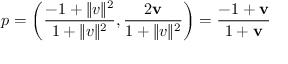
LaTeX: p = \left( { \frac { - 1 + \| v \| ^ { 2 } } { 1 + \| v \| ^ { 2 } } } , { \frac { 2 \mathbf { v } } { 1 + \| v \| ^ { 2 } } } \right) = { \frac { - 1 + \mathbf { v } } { 1 + \mathbf { v } } }